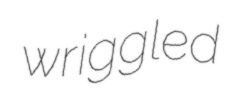
wriggled